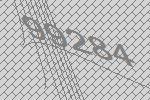
99284